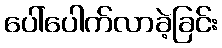
ပေါ်ပေါက်လာခဲ့ခြင်း